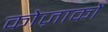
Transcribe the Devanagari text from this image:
कोज़ाकों